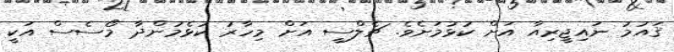
ޤައުމު ނައިޖީރިއާ އަށް ކުޅުމަށެވެ. ޗެލްސީ އަށް މިހާރު ކުޅެމުންދާ މޯސެސް އަކީ